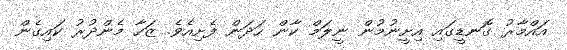
އައްމާރު ގޮނޑީގައި އިށީނުމުން ނީލަމް ކާން ހަދަން ފެށިއެވެ. ޒަހާ މެންދުރު ކައިގެން